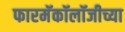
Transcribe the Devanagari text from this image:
फारमॅकॉलॉजीच्या